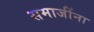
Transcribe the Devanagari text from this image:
समाजींना